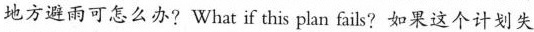
地方避雨可怎么办?What if this plan faiks?如果这个计划失